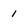
Character: 1